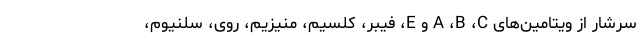
سرشار از ویتامین‌های A ،B ،C و E، فیبر، کلسیم، منیزیم، روی، سلنیوم،